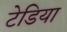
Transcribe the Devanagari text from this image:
टेडिया